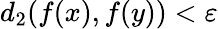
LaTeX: d_{2}(f(x),f(y))<\varepsilon